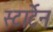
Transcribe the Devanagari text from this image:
स्टार्टेन